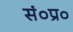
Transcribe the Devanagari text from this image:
सं०प्र०